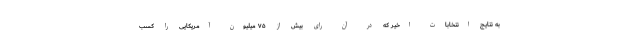
به نتایج انتخابات اخیر که در آن رای بیش از ۷۵ میلیون آمریکایی را کسب